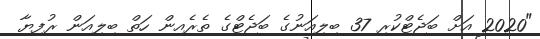
"2020 އަށް ބަޖެޓްކުރި 37 ބިލިއަނުގެ ބަޖެޓްގެ ތެރެއިން ހަތް ބިލިއަން ރުފިޔާ